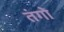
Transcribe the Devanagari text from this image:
तंगो